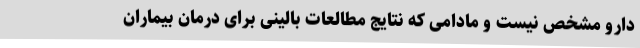
دارو مشخص نیست و مادامی که نتایج مطالعات بالینی برای درمان بیماران